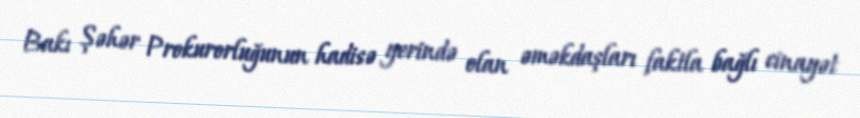
Bakı Şəhər Prokurorluğunun hadisə yerində olan əməkdaşları faktla bağlı cinayət